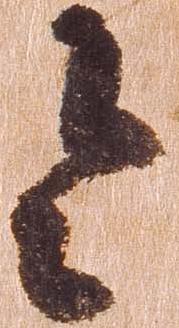
令